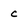
Character: c